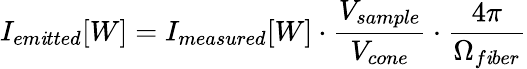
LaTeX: I_{em\mathit{i}tted}[W]=I_{measured}[W]\cdot\frac{{V_{sample}}}{{V_{cone}}}\cdot\frac{{4\pi}}{{\Omega_{f\mathit{i}ber}}}